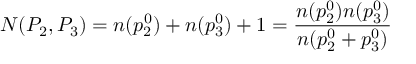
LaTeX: N ( P _ { 2 } , P _ { 3 } ) = n ( p _ { 2 } ^ { 0 } ) + n ( p _ { 3 } ^ { 0 } ) + 1 = { \frac { n ( p _ { 2 } ^ { 0 } ) n ( p _ { 3 } ^ { 0 } ) } { n ( p _ { 2 } ^ { 0 } + p _ { 3 } ^ { 0 } ) } }